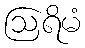
ဩရိမံ